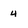
Character: 4